Vaccination in the Punjab 1867-1880 - 1867-1880
Year: 1867
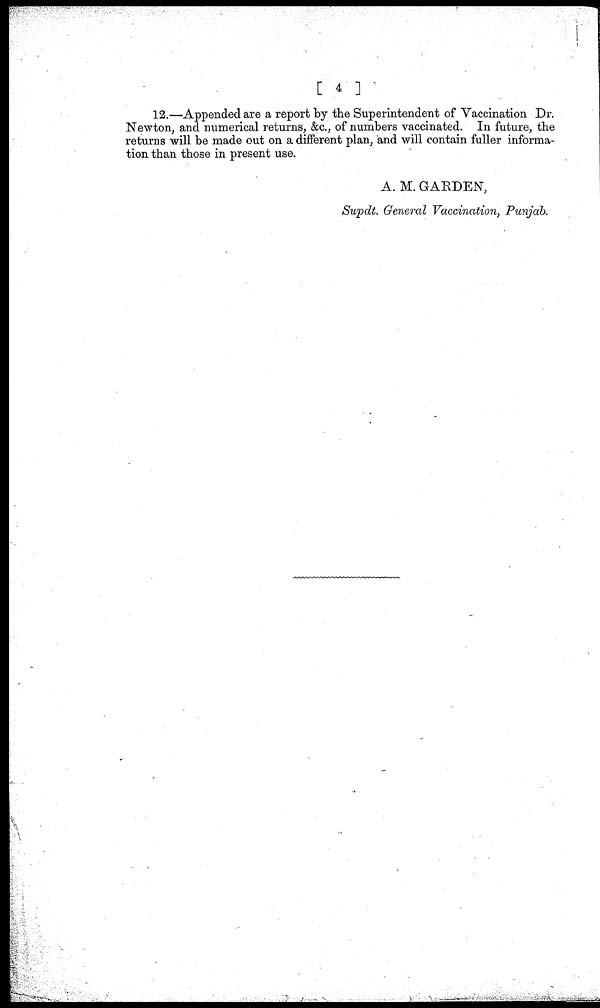
[ 4 ]
12.—Appended are a report by the Superintendent of Vaccination Dr.
Newton, and numerical returns, &c, of numbers vaccinated. In future, the
returns will be made out on a different plan, and will contain fuller informa-
tion than those in present use.
A. M. GARDEN,
Supdt. General Vaccination, Punjab.